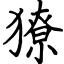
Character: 獠